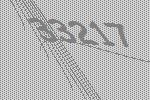
33217